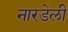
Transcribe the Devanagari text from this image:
नारडेली